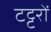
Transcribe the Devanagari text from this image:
टट्टरों